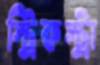
স্ট্রিকস্ট্রা